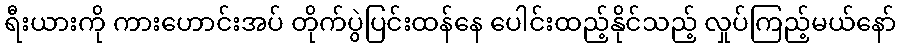
ရီးယားကို ကားဟောင်းအပ် တိုက်ပွဲပြင်းထန်နေ ပေါင်းထည့်နိုင်သည့် လှုပ်ကြည့်မယ်နော်